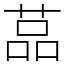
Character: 䓵